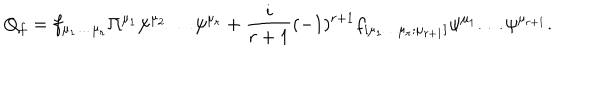
LaTeX: Q _ { f } = f _ { \mu _ { 1 } \dots \mu _ { r } } \Pi ^ { \mu _ { 1 } } \psi ^ { \mu _ { 2 } } \dots \psi ^ { \mu _ { r } } + \frac { i } { r + 1 } ( - 1 ) ^ { r + 1 } f _ { [ \mu _ { 1 } \dots \mu _ { r } ; \mu _ { r + 1 } ] } \psi ^ { \mu _ { 1 } } \dots \psi ^ { \mu _ { r + 1 } } .